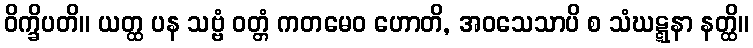
ဝိက္ခိပတိ။ ယတ္ထ ပန သဗ္ဗံ ဝတ္တံ ကတမေဝ ဟောတိ, အဝသေသာပိ စ သံဃဋ္ဋနာ နတ္ထိ။